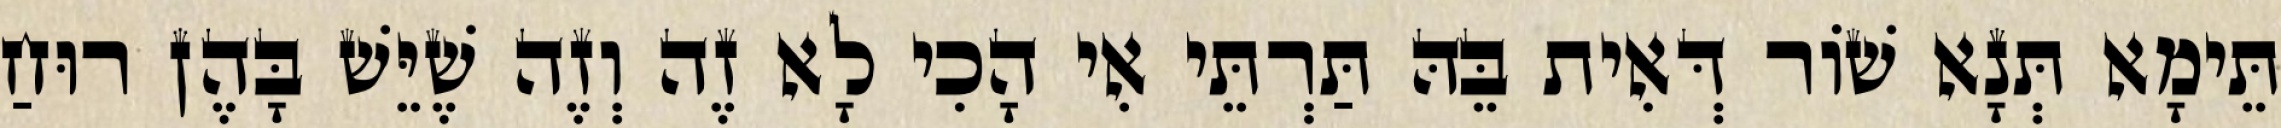
תֵּימָא תְּנָא שׁוֹר דְּאִית בֵּהּ תַּרְתֵּי אִי הָכִי לָא זֶה וְזֶה שֶׁיֵּשׁ בָּהֶן רוּחַ